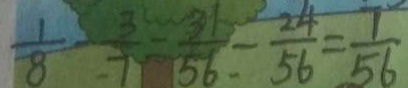
\frac { 1 } { 8 } - \frac { 3 } { 7 } = \frac { 3 1 } { 5 6 } - \frac { 2 4 } { 5 6 } = \frac { 7 } { 5 6 }